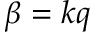
\beta = k q